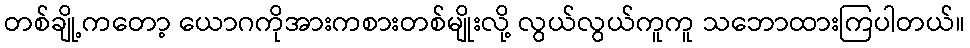
တစ်ချို့ကတော့ ယောဂကိုအားကစားတစ်မျိုးလို့ လွယ်လွယ်ကူကူ သဘောထားကြပါတယ်။